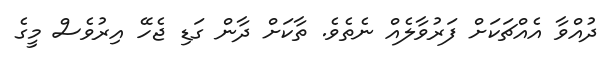
ދުއްވާ އެއްޗަކަށް ފަރުވާލެއް ނެތެވެ. ތާކަށް ދާން ގަޑި ޖެހޭ އިރުވެސް މީގެ